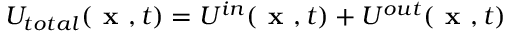
U _ { t o t a l } ( \textbf { x } , t ) = U ^ { i n } ( \textbf { x } , t ) + U ^ { o u t } ( \textbf { x } , t )